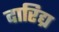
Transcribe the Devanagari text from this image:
दारिद्य्र